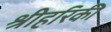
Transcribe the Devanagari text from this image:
श्रीहरिकी